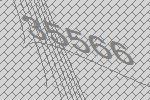
35566